Civil Veterinary Dept. Bombay admin report 1923-31 - 1923-1931
Year: 1923
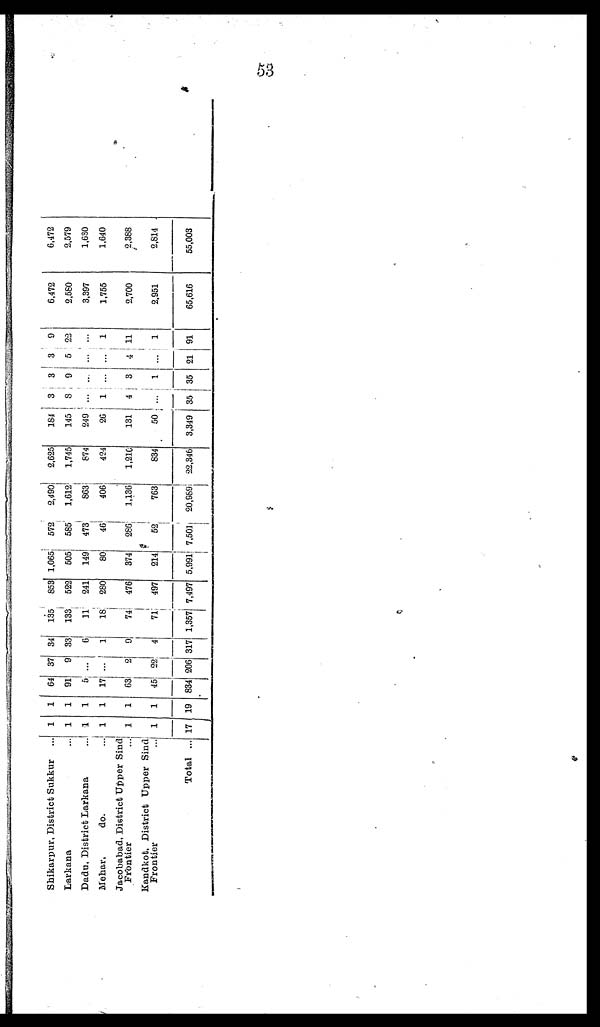
53
Shikarpur, District Sukkur ...
Larkana ...
Dadu, District Larkana ...
Mehar,
do. ...
Jaeobabad, District Upper Sind
Frontier ...
Kandkot, District Upper Sind
Frontier
Total ...
1
1
1
1
1
1
17
1
1
1
1
1
1
19
64
91
5
17
63
45
834
37
9
...
...
2
22
206
34
33
6
1
9
4
317
135
133
11
18
74
71
1,357
853
522
241
280
476
497
7,497
1,065
505
149
80
374
214
5,991
572
585
473
46
286;
52
7,501
2,490
1,612
863
406
1,136
763
20,989
2,625
1,745
874
424
1,210
834
22,346
184
145
249
26
131
50
3,349
3
3
...
1
4
...
35
3
9
...
...
3
1
35
3
5
...
...
4
...
21
9
22
...
1
11
1
91
6,472
2,580
3,397
1,755
2,700
2,951
65,616
6,472
2,579
1,630
1,640
2,388
2,814
55,003